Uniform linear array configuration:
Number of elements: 64
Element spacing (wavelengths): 0.25
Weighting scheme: blackman
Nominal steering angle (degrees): -45
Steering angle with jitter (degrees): -44.664
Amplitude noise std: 0.05
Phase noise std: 0.05

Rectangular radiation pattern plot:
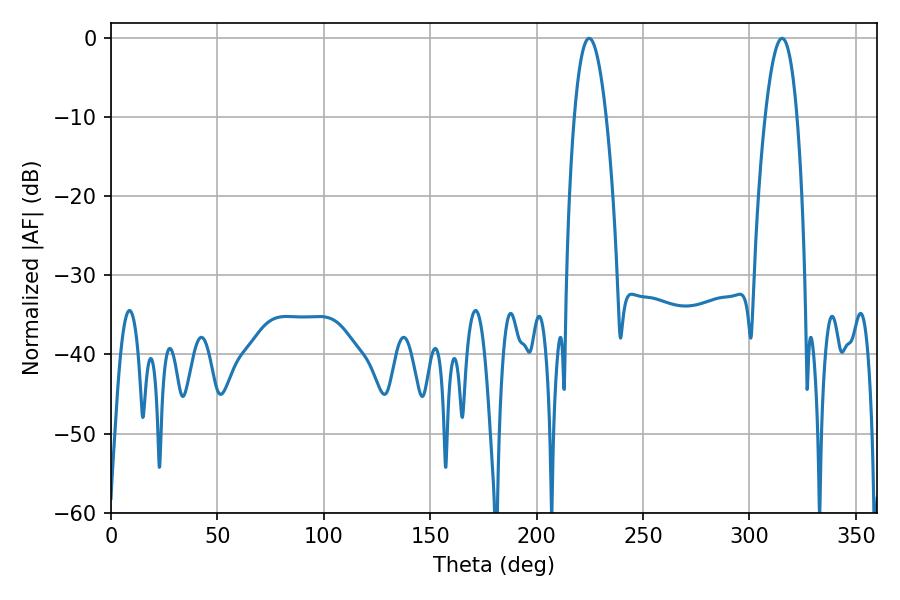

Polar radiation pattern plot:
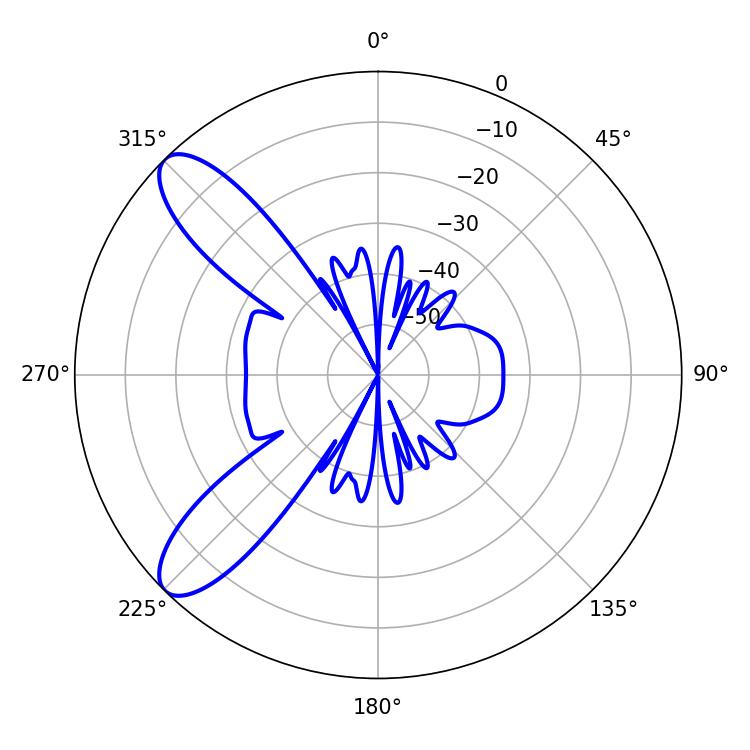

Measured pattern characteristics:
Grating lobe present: FALSE
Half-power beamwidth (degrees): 8.28
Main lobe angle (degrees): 224.64